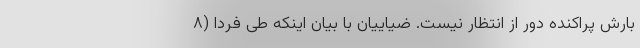
بارش پراکنده دور از انتظار نیست. ضیاییان با بیان اینکه طی فردا (۸